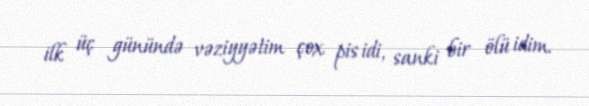
ilk üç günündə vəziyyətim çox pis idi, sanki bir ölü idim.